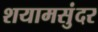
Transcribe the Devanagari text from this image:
शयामसुंदर